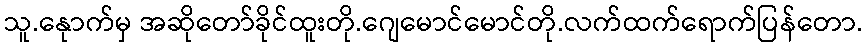
သူ.နေုာက်မှ အဆိုတော်ခိုင်ထူးတို.ဂျေမောင်မောင်တို.လက်ထက်ရောက်ပြန်တော.